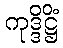
ကုဒ္ဒိဋ္ဌိံ